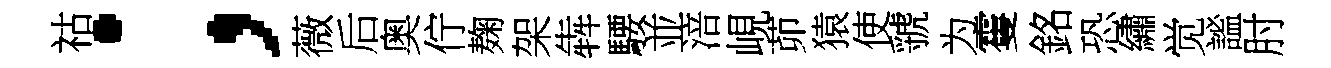
祜；薇后奥佇麹架犇騕並涪峴茆猿使虢为䨥銘恐繡觉謐肘